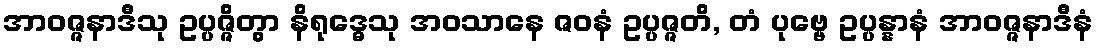
အာဝဇ္ဇနာဒီသု ဥပ္ပဇ္ဇိတွာ နိရုဒ္ဓေသု အဝသာနေ ဇဝနံ ဥပ္ပဇ္ဇတိ, တံ ပုဗ္ဗေ ဥပ္ပန္နာနံ အာဝဇ္ဇနာဒီနံ